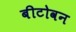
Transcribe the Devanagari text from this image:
बीटोवन